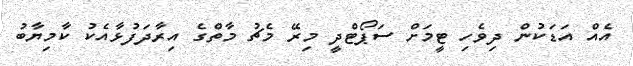
އެއް އަޑަކުން ދިވެހި ޓީމަށް ސަޕޯޓްދީ މިރޭ މެޗު މާތްގެ އިރާދަފުޅާއެކު ކާމިޔާބު